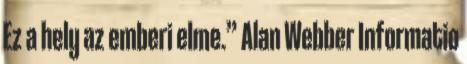
Ez a hely az emberi elme.” Alan Webber Informatio